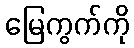
မြေကွက်ကို